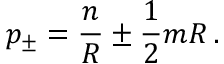
p _ { \pm } = \displaystyle \frac { n } { R } \pm \displaystyle \frac { 1 } { 2 } m R \, .